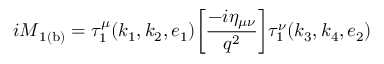
{ i \cal M } _ { \mathrm { 1 ( b ) } } = \tau _ { 1 } ^ { \mu } ( k _ { 1 } , k _ { 2 } , e _ { 1 } ) \bigg [ \frac { - i { \eta } _ { \mu \nu } } { q ^ { 2 } } \bigg ] \tau _ { 1 } ^ { \nu } ( k _ { 3 } , k _ { 4 } , e _ { 2 } )